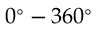
0 ^ { \circ } - 3 6 0 ^ { \circ }